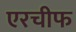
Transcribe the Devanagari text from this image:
एरचीफ